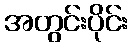
အတွင်းပိုင်း